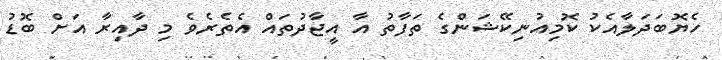
ހެޔޮބަދަލާއެކު ކޮމިއުނިކޭޝަންގެ ތަފާތު އާ އީޖާދުތައް އެތެރެވެ މި ދާއިރާ އަށް ބޮޑު